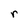
Character: r